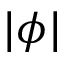
| \phi |